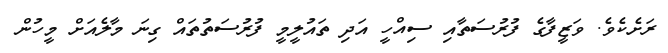
ރަށެކެވެ. ވަޒީފާގެ ފުރުސަތާއި ސިއްހީ އަދި ތައުލީމީ ފުރުސަތުތައް ގިނަ މާލެއަށް މީހުން